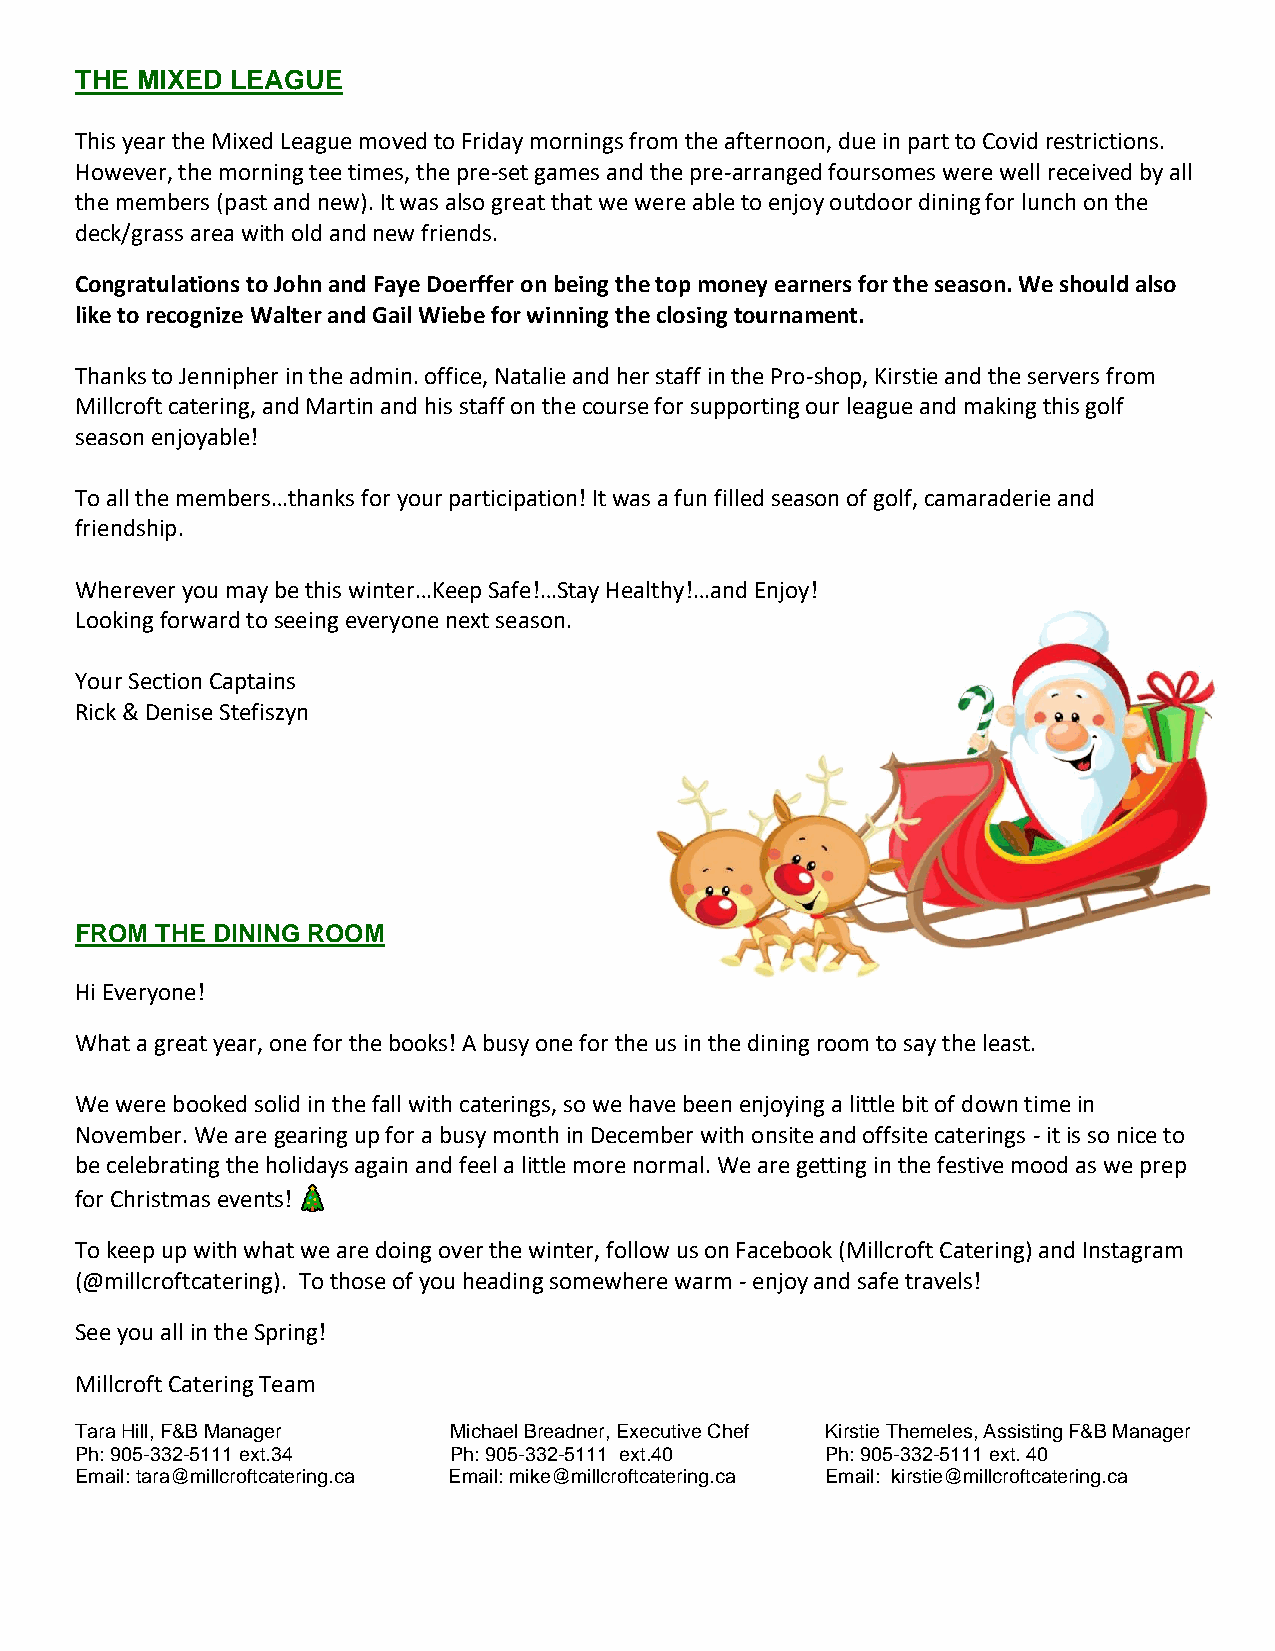
THE MIXED LEAGUE
 This year the Mixed League moved to Friday mornings from the afternoon, due in part to Covid restrictions.
 However, the morning tee times, the pre-set games and the pre-arranged foursomes were well received by all
 the members (past and new). It was also great that we were able to enjoy outdoor dining for lunch on the
 deck/grass area with old and new friends.
 Congratulations to John and Faye Doerffer on being the top money earners for the season. We should also
 like to recognize Walter and Gail Wiebe for winning the closing tournament.
 Thanks to Jennipher in the admin. office, Natalie and her staff in the Pro-shop, Kirstie and the servers from
 Millcroft catering, and Martin and his staff on the course for supporting our league and making this golf
 season enjoyable!
 To all the members…thanks for your participation! It was a fun filled season of golf, camaraderie and
 friendship.
 Wherever you may be this winter…Keep Safe!…Stay Healthy!…and Enjoy!
 Looking forward to seeing everyone next season.
 Your Section Captains
 Rick & Denise Stefiszyn
 FROM THE DINING ROOM
 Hi Everyone!
 What a great year, one for the books! A busy one for the us in the dining room to say the least.
 We were booked solid in the fall with caterings, so we have been enjoying a little bit of down time in
 November. We are gearing up for a busy month in December with onsite and offsite caterings - it is so nice to
 be celebrating the holidays again and feel a little more normal. We are getting in the festive mood as we prep
 for Christmas events!
 To keep up with what we are doing over the winter, follow us on Facebook (Millcroft Catering) and Instagram
 (@millcroftcatering). To those of you heading somewhere warm - enjoy and safe travels!
 See you all in the Spring!
 Millcroft Catering Team
 Tara Hill, F&B Manager   Michael Breadner, Executive Chef Kirstie Themeles, Assisting F&B Manager
 Ph: 905-332-5111 ext.34  Ph: 905-332-5111 ext.40  Ph: 905-332-5111 ext. 40
 Email: tara@millcroftcatering.ca Email: mike@millcroftcatering.ca Email: kirstie@millcroftcatering.ca